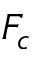
F _ { c }